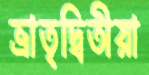
ভ্রাতৃদ্বিতীয়া